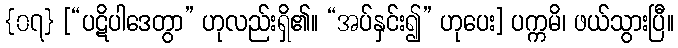
{၀၇} [“ပဋိပါဒေတွာ” ဟုလည်းရှိ၏။ “အပ်နှင်း၍” ဟုပေး] ပက္ကမိ၊ ဖယ်သွားပြီ။